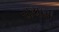
રાયણ